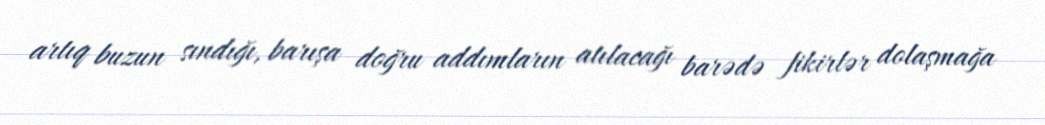
artıq buzun sındığı, barışa doğru addımların atılacağı barədə fikirlər dolaşmağa